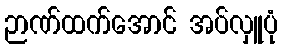
ဉာဏ်ထက်အောင် အပ်လှူပုံ